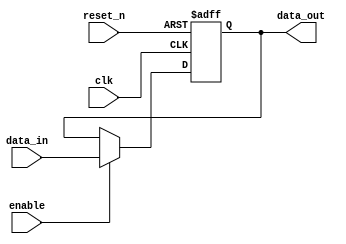
module OutputRegister #(
    parameter DATA_WIDTH = 8 // Adjustable data width
) (
    input wire clk,             // Clock input
    input wire reset_n,        // Asynchronous active-low reset
    input wire enable,         // Enable signal
    input wire [DATA_WIDTH-1:0] data_in, // Data input
    output reg [DATA_WIDTH-1:0] data_out // Output register
);

    // Asynchronous reset and update output on clock edge
    always @(posedge clk or negedge reset_n) begin
        if (!reset_n) begin
            data_out <= {DATA_WIDTH{1'b0}}; // Reset output to zero
        end else if (enable) begin
            data_out <= data_in; // Update output with input data
        end
        // If enable is not asserted, data_out retains its previous value
    end

endmodule